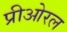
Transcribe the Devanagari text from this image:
प्रीओरल